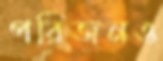
পরিজনও